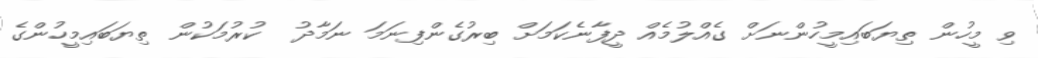
ވި މީހުން ތިޔަބައިމީހުންނަށް ގެއްލުމެއް ދީފާނެކަމަށް ބިރުގެންފިނަމަ ނަމާދު  ކުރުމަކުން ތިޔަބައިމީހުންގެ